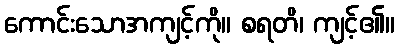
ကောင်းသောအကျင့်ကို။ စရတိ၊ ကျင့်၏။